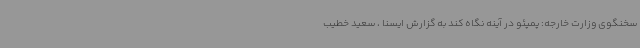
سخنگوی وزارت خارجه: پمپئو در آینه نگاه کند به گزارش ایسنا ، سعید خطیب